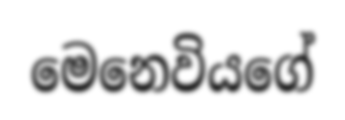
මෙනෙවියගේ